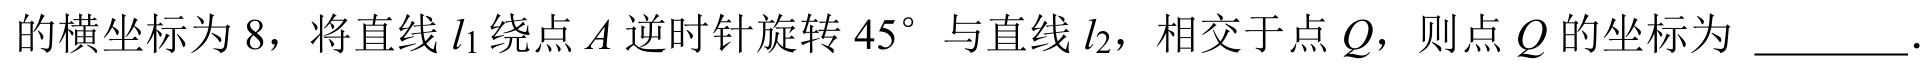
的横坐标为 \(8\)，将直线 \(l_{1}\) 绕点 \(A\) 逆时针旋转 \(45^{\circ}\) 与直线 \(l_{2}\)，相交于点 \(Q\)，则点 \(Q\) 的坐标为 \_\_\_\_\_\_．